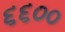
૬૬૦૦